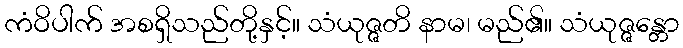
ကံဝိပါက် အစရှိသည်တို့နှင့်။ သံယုဇ္ဇတိ နာမ၊ မည်၏။ သံယုဇ္ဇန္တော